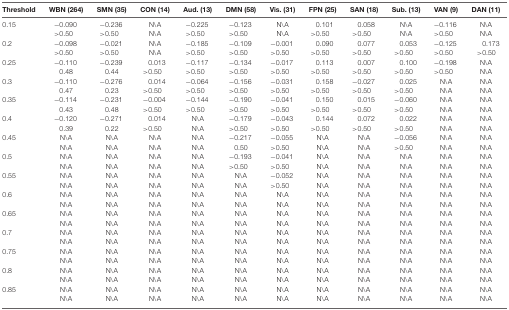
<table><thead><tr><td><b>Threshold</b></td><td><b>WBN (264)</b></td><td><b>SMN (35)</b></td><td><b>CON (14)</b></td><td><b>Aud. (13)</b></td><td><b>DMN (58)</b></td><td><b>Vis. (31)</b></td><td><b>FPN (25)</b></td><td><b>SAN (18)</b></td><td><b>Sub. (13)</b></td><td><b>VAN (9)</b></td><td><b>DAN (11)</b></td></tr></thead><tbody><tr><td>0.15</td><td>−0.090</td><td>−0.236</td><td>N\A</td><td>−0.225</td><td>−0.123</td><td>N\A</td><td>0.101</td><td>0.058</td><td>N\A</td><td>−0.116</td><td>N\A</td></tr><tr><td></td><td>&gt;0.50</td><td>&gt;0.50</td><td>N\A</td><td>&gt;0.50</td><td>&gt;0.50</td><td>N\A</td><td>&gt;0.50</td><td>&gt;0.50</td><td>N\A</td><td>&gt;0.50</td><td>N\A</td></tr><tr><td>0.2</td><td>−0.098</td><td>−0.021</td><td>N\A</td><td>−0.185</td><td>−0.109</td><td>−0.001</td><td>0.090</td><td>0.077</td><td>0.053</td><td>−0.125</td><td>0.173</td></tr><tr><td></td><td>&gt;0.50</td><td>&gt;0.50</td><td>N\A</td><td>&gt;0.50</td><td>&gt;0.50</td><td>&gt;0.50</td><td>&gt;0.50</td><td>&gt;0.50</td><td>&gt;0.50</td><td>&gt;0.50</td><td>&gt;0.50</td></tr><tr><td>0.25</td><td>−0.110</td><td>−0.239</td><td>0.013</td><td>−0.117</td><td>−0.134</td><td>−0.017</td><td>0.113</td><td>0.007</td><td>0.100</td><td>−0.198</td><td>N\A</td></tr><tr><td></td><td>0.48</td><td>0.44</td><td>&gt;0.50</td><td>&gt;0.50</td><td>&gt;0.50</td><td>&gt;0.50</td><td>&gt;0.50</td><td>&gt;0.50</td><td>&gt;0.50</td><td>&gt;0.50</td><td>N\A</td></tr><tr><td>0.3</td><td>−0.110</td><td>−0.276</td><td>0.014</td><td>−0.064</td><td>−0.156</td><td>−0.031</td><td>0.158</td><td>−0.027</td><td>0.025</td><td>N\A</td><td>N\A</td></tr><tr><td></td><td>0.47</td><td>0.23</td><td>&gt;0.50</td><td>&gt;0.50</td><td>&gt;0.50</td><td>&gt;0.50</td><td>&gt;0.50</td><td>&gt;0.50</td><td>&gt;0.50</td><td>N\A</td><td>N\A</td></tr><tr><td>0.35</td><td>−0.114</td><td>−0.231</td><td>−0.004</td><td>−0.144</td><td>−0.190</td><td>−0.041</td><td>0.150</td><td>0.015</td><td>−0.060</td><td>N\A</td><td>N\A</td></tr><tr><td></td><td>0.43</td><td>0.48</td><td>&gt;0.50</td><td>&gt;0.50</td><td>&gt;0.50</td><td>&gt;0.50</td><td>&gt;0.50</td><td>&gt;0.50</td><td>&gt;0.50</td><td>N\A</td><td>N\A</td></tr><tr><td>0.4</td><td>−0.120</td><td>−0.271</td><td>0.014</td><td>N\A</td><td>−0.179</td><td>−0.043</td><td>0.144</td><td>0.072</td><td>0.022</td><td>N\A</td><td>N\A</td></tr><tr><td></td><td>0.39</td><td>0.22</td><td>&gt;0.50</td><td>N\A</td><td>&gt;0.50</td><td>&gt;0.50</td><td>&gt;0.50</td><td>&gt;0.50</td><td>&gt;0.50</td><td>N\A</td><td>N\A</td></tr><tr><td>0.45</td><td>N\A</td><td>N\A</td><td>N\A</td><td>N\A</td><td>−0.217</td><td>−0.055</td><td>N\A</td><td>N\A</td><td>−0.056</td><td>N\A</td><td>N\A</td></tr><tr><td></td><td>N\A</td><td>N\A</td><td>N\A</td><td>N\A</td><td>0.50</td><td>&gt;0.50</td><td>N\A</td><td>N\A</td><td>&gt;0.50</td><td>N\A</td><td>N\A</td></tr><tr><td>0.5</td><td>N\A</td><td>N\A</td><td>N\A</td><td>N\A</td><td>−0.193</td><td>−0.041</td><td>N\A</td><td>N\A</td><td>N\A</td><td>N\A</td><td>N\A</td></tr><tr><td></td><td>N\A</td><td>N\A</td><td>N\A</td><td>N\A</td><td>&gt;0.50</td><td>&gt;0.50</td><td>N\A</td><td>N\A</td><td>N\A</td><td>N\A</td><td>N\A</td></tr><tr><td>0.55</td><td>N\A</td><td>N\A</td><td>N\A</td><td>N\A</td><td>N\A</td><td>−0.052</td><td>N\A</td><td>N\A</td><td>N\A</td><td>N\A</td><td>N\A</td></tr><tr><td></td><td>N\A</td><td>N\A</td><td>N\A</td><td>N\A</td><td>N\A</td><td>&gt;0.50</td><td>N\A</td><td>N\A</td><td>N\A</td><td>N\A</td><td>N\A</td></tr><tr><td>0.6</td><td>N\A</td><td>N\A</td><td>N\A</td><td>N\A</td><td>N\A</td><td>N\A</td><td>N\A</td><td>N\A</td><td>N\A</td><td>N\A</td><td>N\A</td></tr><tr><td></td><td>N\A</td><td>N\A</td><td>N\A</td><td>N\A</td><td>N\A</td><td>N\A</td><td>N\A</td><td>N\A</td><td>N\A</td><td>N\A</td><td>N\A</td></tr><tr><td>0.65</td><td>N\A</td><td>N\A</td><td>N\A</td><td>N\A</td><td>N\A</td><td>N\A</td><td>N\A</td><td>N\A</td><td>N\A</td><td>N\A</td><td>N\A</td></tr><tr><td></td><td>N\A</td><td>N\A</td><td>N\A</td><td>N\A</td><td>N\A</td><td>N\A</td><td>N\A</td><td>N\A</td><td>N\A</td><td>N\A</td><td>N\A</td></tr><tr><td>0.7</td><td>N\A</td><td>N\A</td><td>N\A</td><td>N\A</td><td>N\A</td><td>N\A</td><td>N\A</td><td>N\A</td><td>N\A</td><td>N\A</td><td>N\A</td></tr><tr><td></td><td>N\A</td><td>N\A</td><td>N\A</td><td>N\A</td><td>N\A</td><td>N\A</td><td>N\A</td><td>N\A</td><td>N\A</td><td>N\A</td><td>N\A</td></tr><tr><td>0.75</td><td>N\A</td><td>N\A</td><td>N\A</td><td>N\A</td><td>N\A</td><td>N\A</td><td>N\A</td><td>N\A</td><td>N\A</td><td>N\A</td><td>N\A</td></tr><tr><td></td><td>N\A</td><td>N\A</td><td>N\A</td><td>N\A</td><td>N\A</td><td>N\A</td><td>N\A</td><td>N\A</td><td>N\A</td><td>N\A</td><td>N\A</td></tr><tr><td>0.8</td><td>N\A</td><td>N\A</td><td>N\A</td><td>N\A</td><td>N\A</td><td>N\A</td><td>N\A</td><td>N\A</td><td>N\A</td><td>N\A</td><td>N\A</td></tr><tr><td></td><td>N\A</td><td>N\A</td><td>N\A</td><td>N\A</td><td>N\A</td><td>N\A</td><td>N\A</td><td>N\A</td><td>N\A</td><td>N\A</td><td>N\A</td></tr><tr><td>0.85</td><td>N\A</td><td>N\A</td><td>N\A</td><td>N\A</td><td>N\A</td><td>N\A</td><td>N\A</td><td>N\A</td><td>N\A</td><td>N\A</td><td>N\A</td></tr><tr><td></td><td>N\A</td><td>N\A</td><td>N\A</td><td>N\A</td><td>N\A</td><td>N\A</td><td>N\A</td><td>N\A</td><td>N\A</td><td>N\A</td><td>N\A</td></tr></tbody></table>